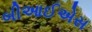
બીઆઈએસ